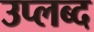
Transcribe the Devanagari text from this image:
उप्लब्द